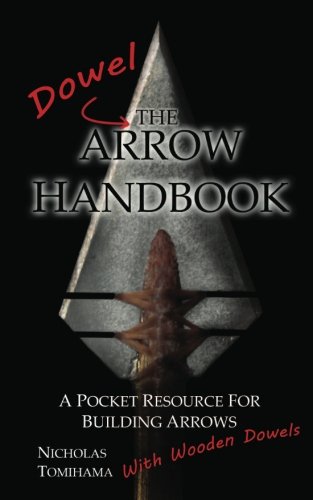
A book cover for The Dowel Arrow Handbook: A Pocket Resource for Building Arrows With Wooden Dowels; Nicholas Tomihama; Sports & Outdoors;